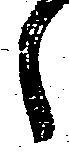
候